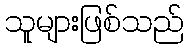
သူများဖြစ်သည်